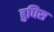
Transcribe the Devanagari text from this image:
हुघिस